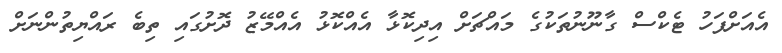
އެއަށްފަހު ޓެކްސް ގާނޫނުތަކުގެ މައްޗަށް އިދިކޮޅާ އެއްކޮޅު އެއްމޭޒު ދޮށުގައި ތިބެ ރައްޔިތުންނަށް